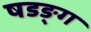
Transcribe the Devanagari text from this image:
षडङ्ग